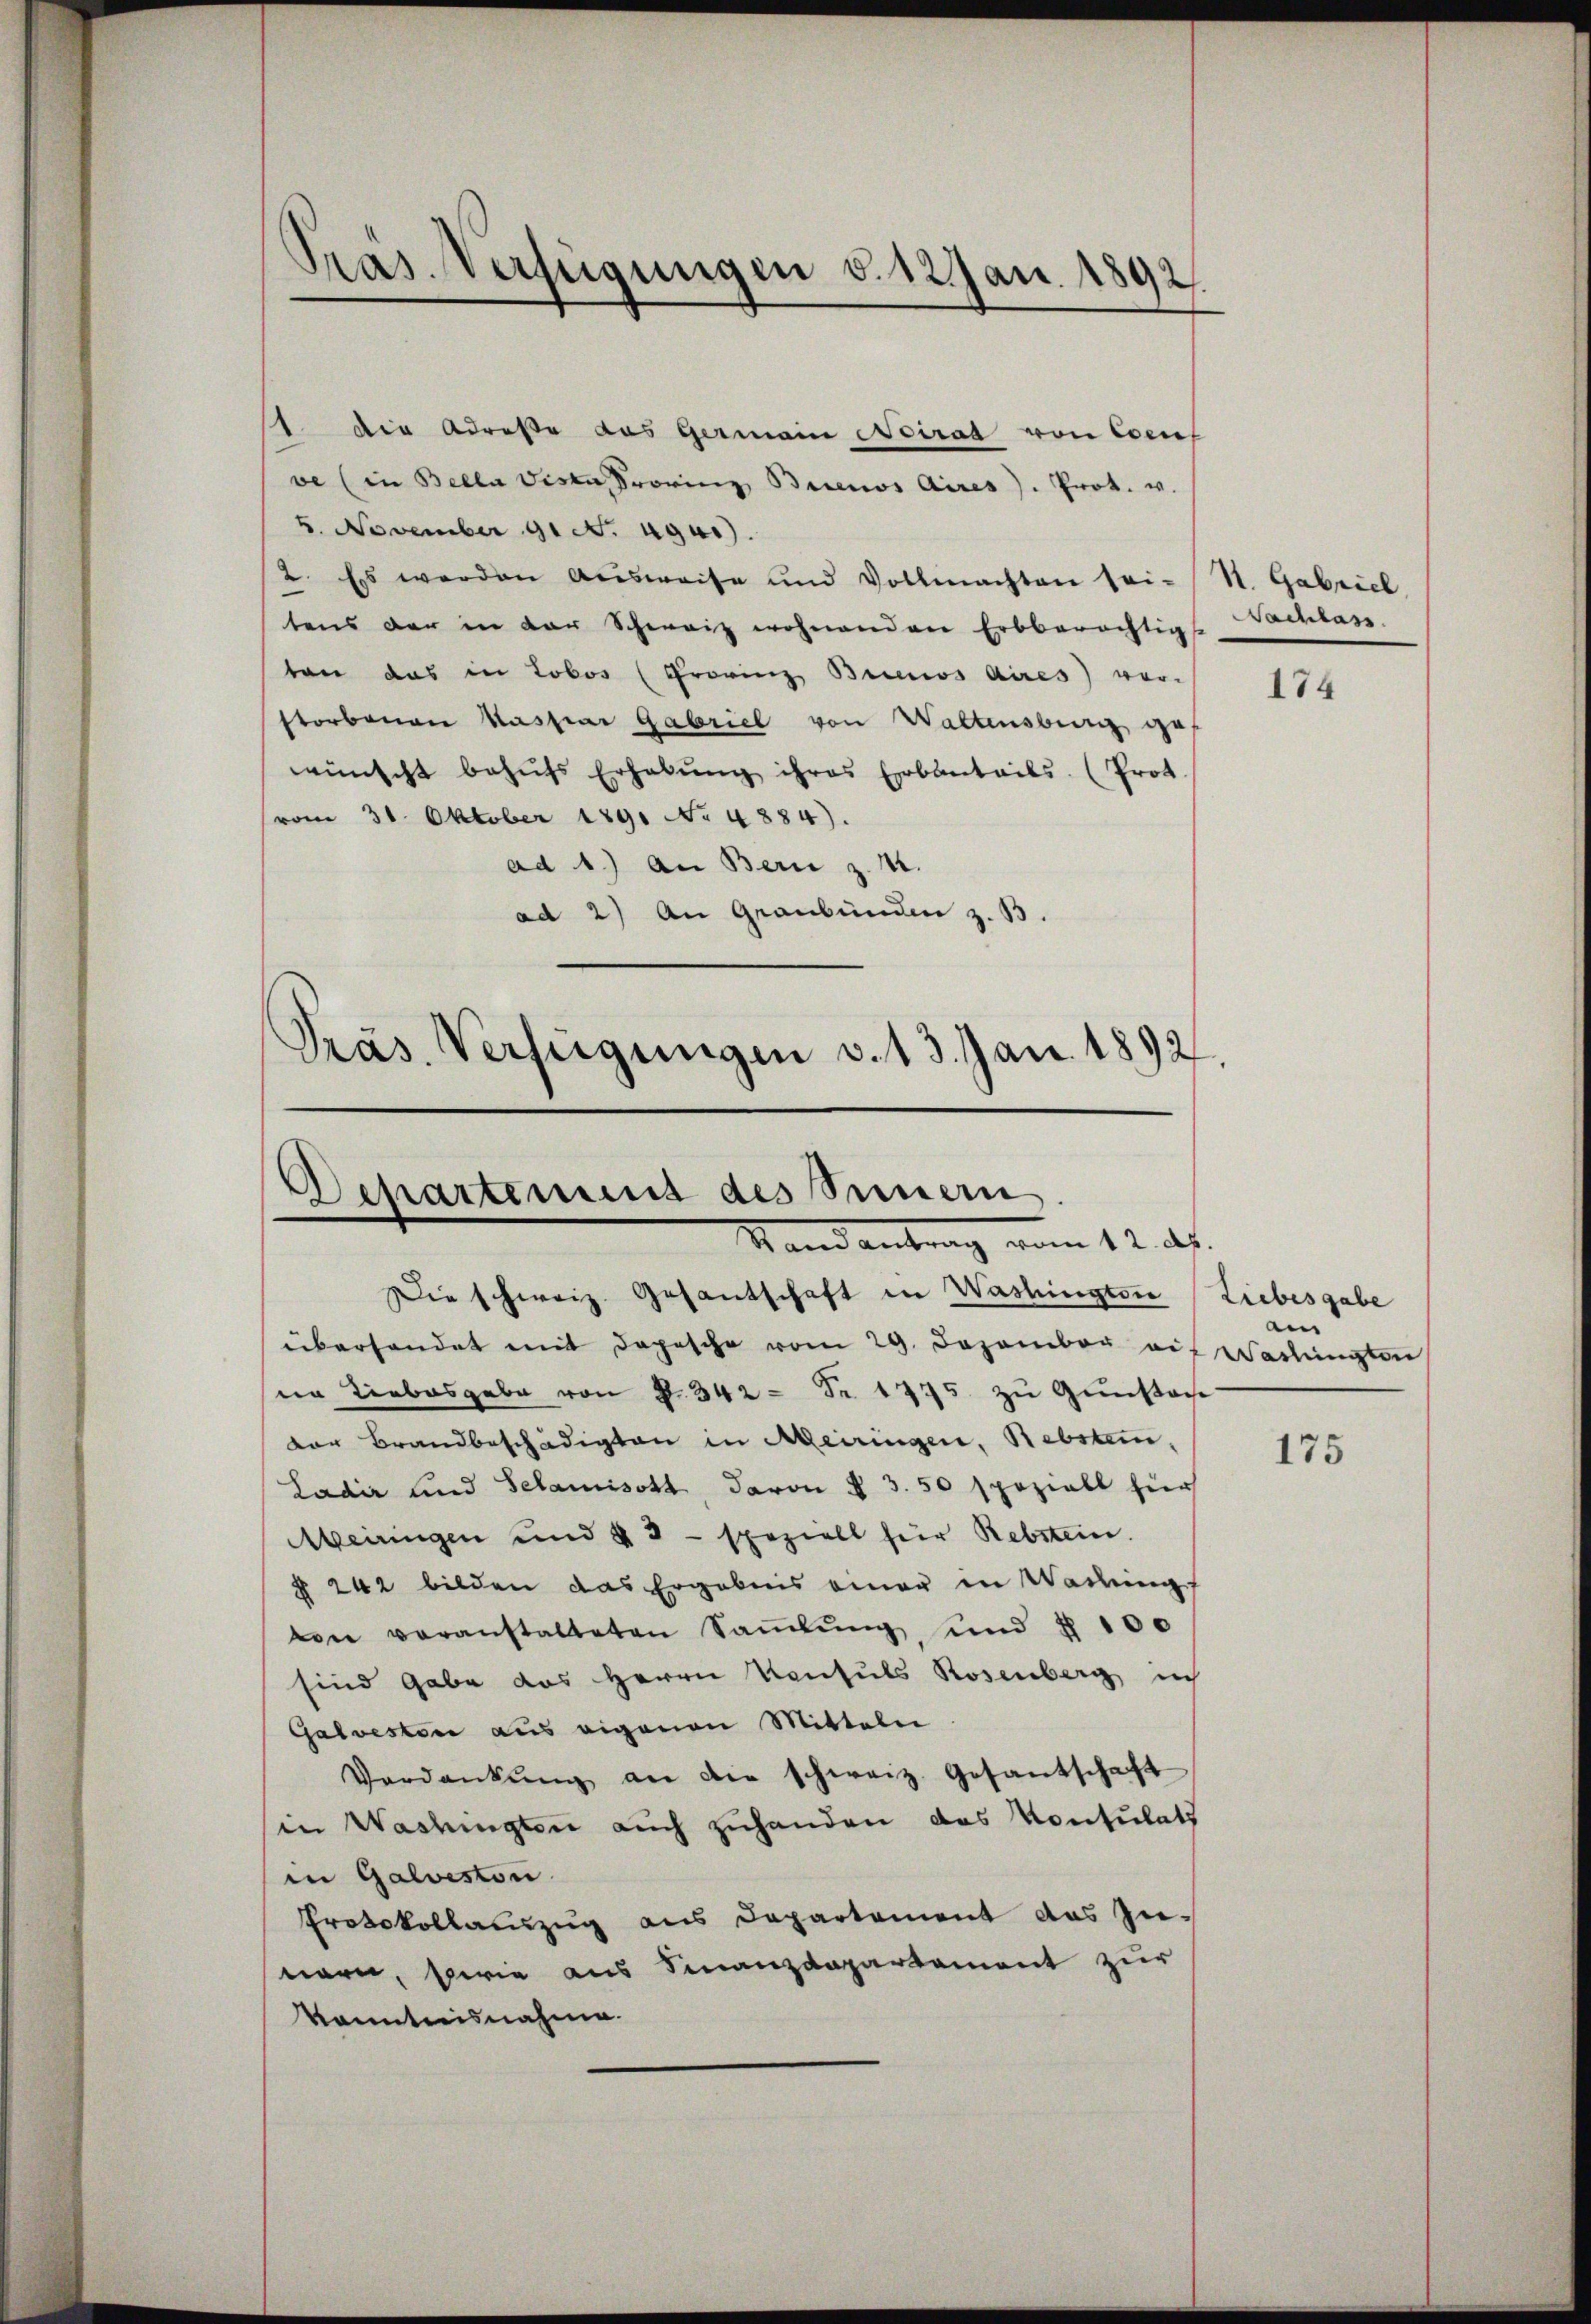
Pras. Verfügungen v. 12 Jan. 1892.

1. Die Adresse das Germain Pirat von Corres
ve (in Bella disen Provinz Buenos Aires. Prot. v.
4. November 91. 49).
2. Es werden Ausweise und Vollmachten sei-St. Gabriel
tens der in der Schweiz wohnenden Erbberächtig
ten das in Lobos (Provinz Brecios Aires ver-
storbenen Kaspar Gabrief von Waltensburg ge
wünscht behŭfs Erhabŭng ihres Erbanteils. (Prot
vom 31. Oktober 1891 No 4884).
ad 1.) An Bern z. 4.
ad 2) An Graubünden z. B.
Präs. Verfügungen v. 13. Jan. 1892

Departement des Sinnern
Randantrag vom 12. ds.

Nachlass

Die schweiz. Gesantschaft in Washington Liebesgabe
überhandet mit depesche vom 29. Dezember auf Washingten
sn Liebesgabe von §. 342 = Fr. 1775 zu Gunstan
dor Brandbeschädigten in Meiringen, Rebsten,
Ladiz und Schamisott, davon § 3. 50 speziell für
Meiringen und § 3 - speziell für Rebstein.
§ 242 bilden das Ergebnis einer in Wadring
wie veranstalteten Saṁlŭng und § 100
sind gabe des Herrn Konsuls Rosenberg in
Galveston aus eigenen Mitteln
Verdankŭng an die schweiz. Gesandschaft
in Washingten auch zuhanden das Kontulath
in Galveston
Protokollauszug aus Departement das Zunern, berie aus Finanzdepartement zur
kanntnisnahme.

174

an

175